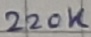
Text: 220K